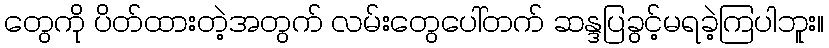
တွေကို ပိတ်ထားတဲ့အတွက် လမ်းတွေပေါ်တက် ဆန္ဒပြခွင့်မရခဲ့ကြပါဘူး။